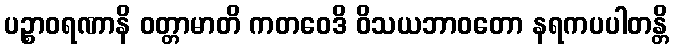
ပဉ္စာဝရဏာနိ ဝတ္တာမာတိ ကတဝေဒိ ဝိသယဘာဝတော နရကပပါတန္တိ